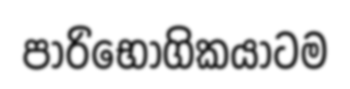
පාරිභෝගිකයාටම